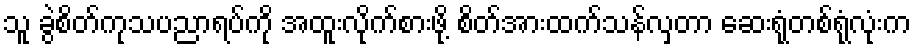
သူ ခွဲစိတ်ကုသပညာရပ်ကို အထူးလိုက်စားဖို့ စိတ်အားထက်သန်လှတာ ဆေးရုံတစ်ရုံလုံးက